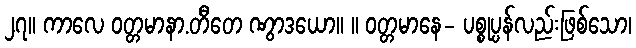
၂၇။ ကာလေ ဝတ္တမာနာ.တီတေ ဏွာဒယော။ ။ ဝတ္တမာနေ- ပစ္စုပ္ပန်လည်းဖြစ်သော၊